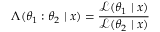
\Lambda ( \theta _ { 1 } : \theta _ { 2 } \mid x ) = { \frac { { \mathcal { L } } ( \theta _ { 1 } \mid x ) } { { \mathcal { L } } ( \theta _ { 2 } \mid x ) } }